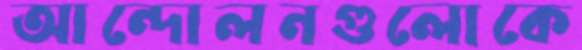
আন্দোলনগুলোকে